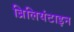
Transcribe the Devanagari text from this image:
ब्रिलियंटाइन